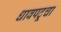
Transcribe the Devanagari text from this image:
धावपटूचा